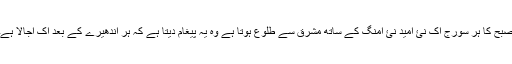
صبح کا ہر سورج اک نئ امید نئ امنگ کے ساتھ مشرق سے طلوع ہوتا ہے وہ یہ پیغام دیتا ہے کہ ہر اندھیرے کے بعد اک اجالا ہے۔